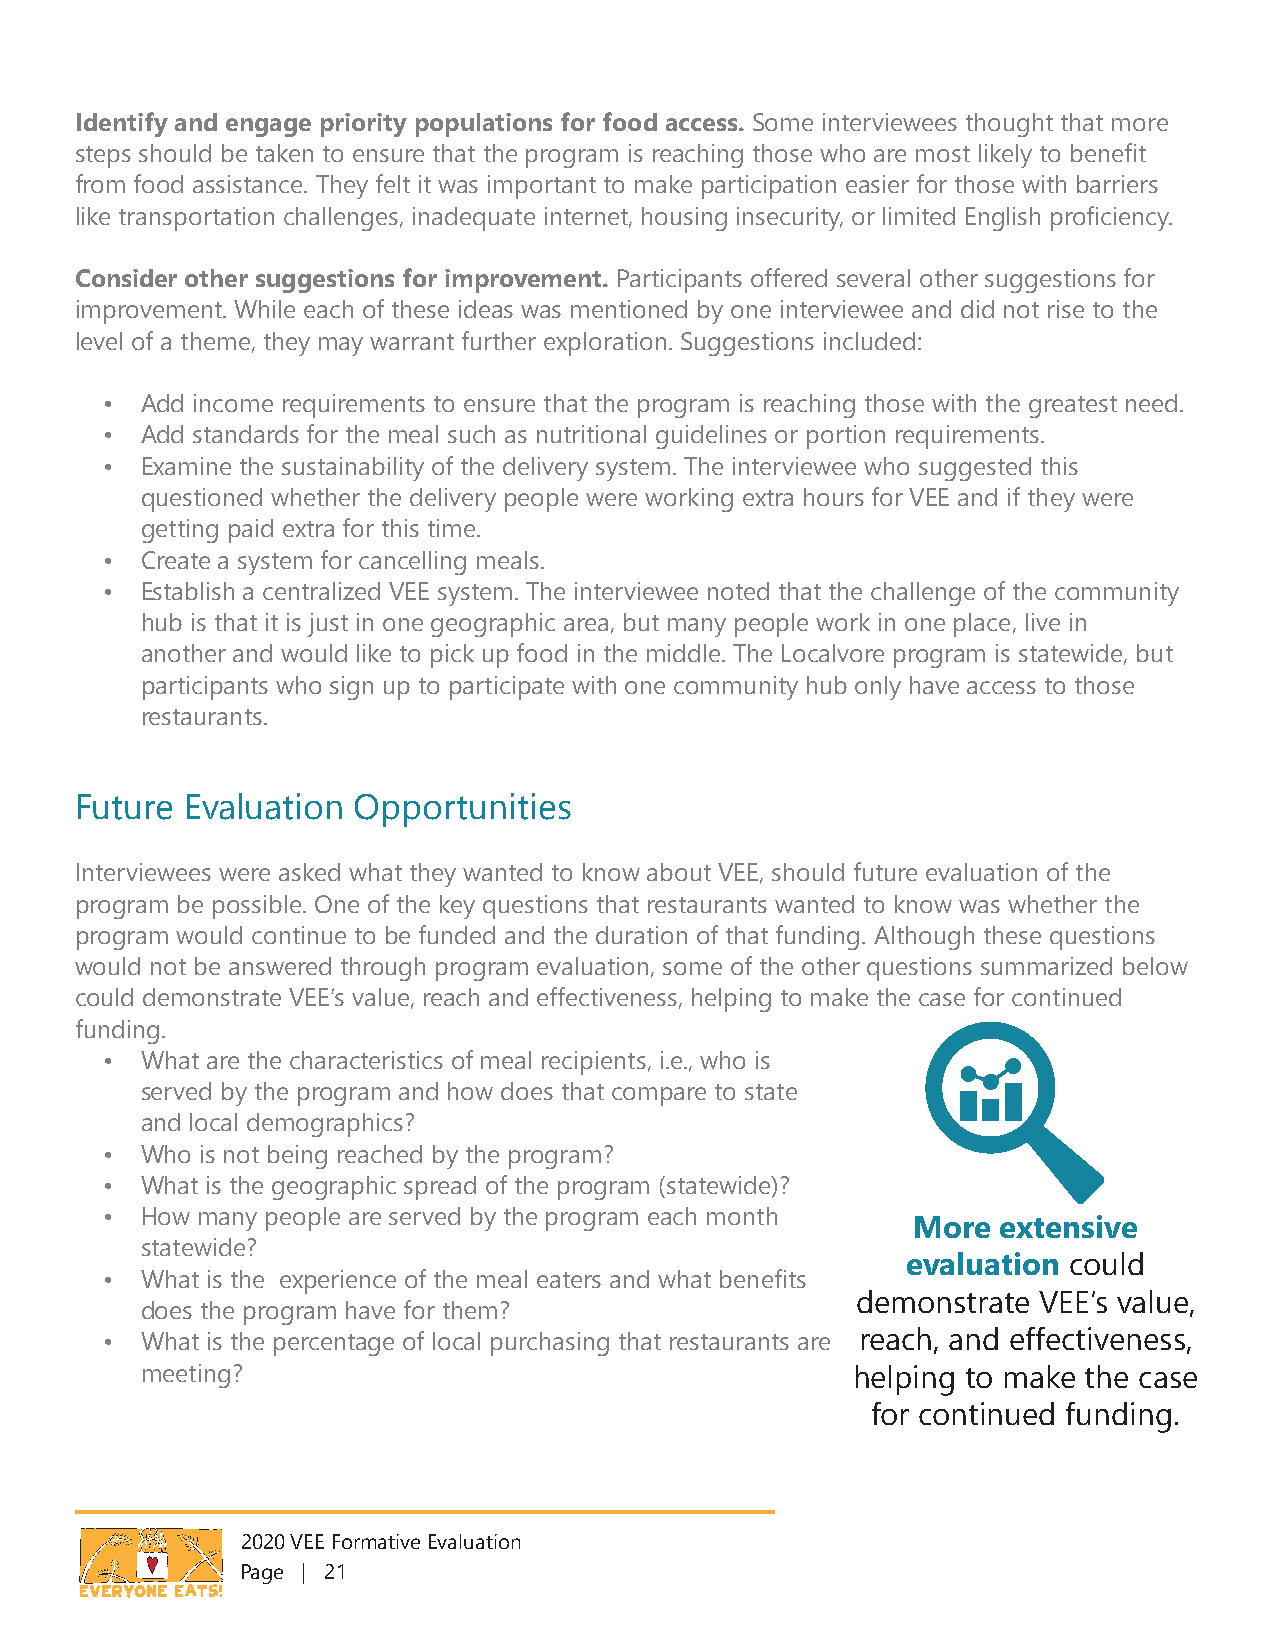
Identify and engage priority populations for food access. Some interviewees thought that more
 steps should be taken to ensure that the program is reaching those who are most likely to benefit
 from food assistance. They felt it was important to make participation easier for those with barriers
 like transportation challenges, inadequate internet, housing insecurity, or limited English proficiency.
 Consider other suggestions for improvement. Participants offered several other suggestions for
 improvement. While each of these ideas was mentioned by one interviewee and did not rise to the
 level of a theme, they may warrant further exploration. Suggestions included:
 • Add income requirements to ensure that the program is reaching those with the greatest need.
 • Add standards for the meal such as nutritional guidelines or portion requirements.
 • Examine the sustainability of the delivery system. The interviewee who suggested this
 questioned whether the delivery people were working extra hours for VEE and if they were
 getting paid extra for this time.
 • Create a system for cancelling meals.
 • Establish a centralized VEE system. The interviewee noted that the challenge of the community
 hub is that it is just in one geographic area, but many people work in one place, live in
 another and would like to pick up food in the middle. The Localvore program is statewide, but
 participants who sign up to participate with one community hub only have access to those
 restaurants.
 Future Evaluation Opportunities
 Interviewees were asked what they wanted to know about VEE, should future evaluation of the
 program be possible. One of the key questions that restaurants wanted to know was whether the
 program would continue to be funded and the duration of that funding. Although these questions
 would not be answered through program evaluation, some of the other questions summarized below
 could demonstrate VEE’s value, reach and effectiveness, helping to make the case for continued
 funding.
 • What are the characteristics of meal recipients, i.e., who is
 served by the program and how does that compare to state
 and local demographics?
 • Who is not being reached by the program?
 • What is the geographic spread of the program (statewide)?
 • How many people are served by the program each month
 More  extensive
 statewide?
 evaluation could
 • What is the experience of the meal eaters and what benefits
 demonstrate VEE’s value,
 does the program have for them?
 • What is the percentage of local purchasing that restaurants are reach, and effectiveness,
 meeting?                                       helping to make the case
 for continued funding.
 2020 VEE Formative Evaluation
 Page | 21